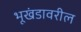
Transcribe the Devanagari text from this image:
भूखंडावरील